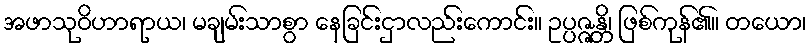
အဖာသုဝိဟာရာယ၊ မချမ်းသာစွာ နေခြင်းငှာလည်းကောင်း။ ဥပ္ပဇ္ဇန္တိ၊ ဖြစ်ကုန်၏။ တယော၊